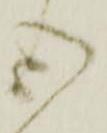
心